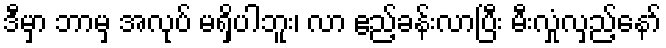
ဒီမှာ ဘာမှ အလုပ် မရှိပါဘူး၊ လာ ဧည့်ခန်းလာပြီး မီးလှုံလှည့်နော်